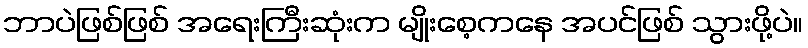
ဘာပဲဖြစ်ဖြစ် အရေးကြီးဆုံးက မျိုးစေ့ကနေ အပင်ဖြစ် သွားဖို့ပဲ။